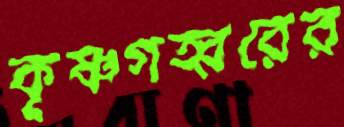
কৃষ্ণগহ্বরের